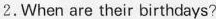
2.When are their birthdays?